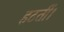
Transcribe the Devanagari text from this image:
हटतीं।